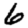
Digit: 6